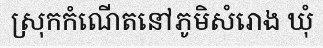
ស្រុកកំណើតនៅភូមិសំរោង ឃុំ